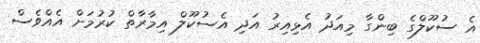
އެ ސުކޫލްގެ ބިންގާ މިއަދު އެޅިއިރު އަދި އެސުކޫލް އިމާރާތް ކުރުމަށް އެއްވެސް